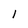
Character: 1